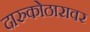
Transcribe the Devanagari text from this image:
दारुकोठारावर